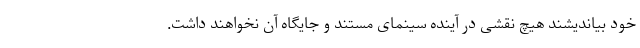
خود بیاندیشند هیچ نقشی در آینده سینمای مستند و جایگاه آن نخواهند داشت.